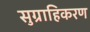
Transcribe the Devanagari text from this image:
सुग्राहिकरण